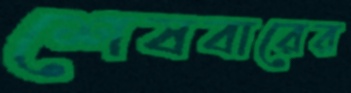
শেষবারের